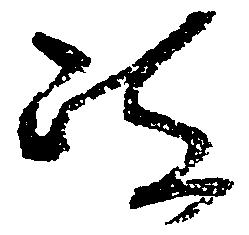
政